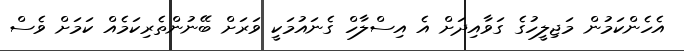
އެހެންކަމުން މަޖިލީހުގެ ގަވާއިދަށް އެ އިސްލާހް ގެނައުމަކީ ވަރަށް ބޭނުންތެރިކަމެއް ކަމަށް ވެސް